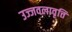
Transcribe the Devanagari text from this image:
उज्जवलावृत्ति